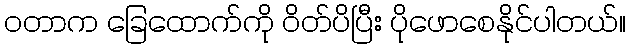
ဝတာက ခြေထောက်ကို ဝိတ်ပိပြီး ပိုဖောစေနိုင်ပါတယ်။